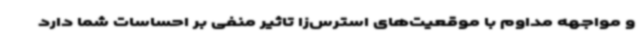
و مواجهه مداوم با موقعیت‌های استرس‌زا تاثیر منفی بر احساسات شما دارد